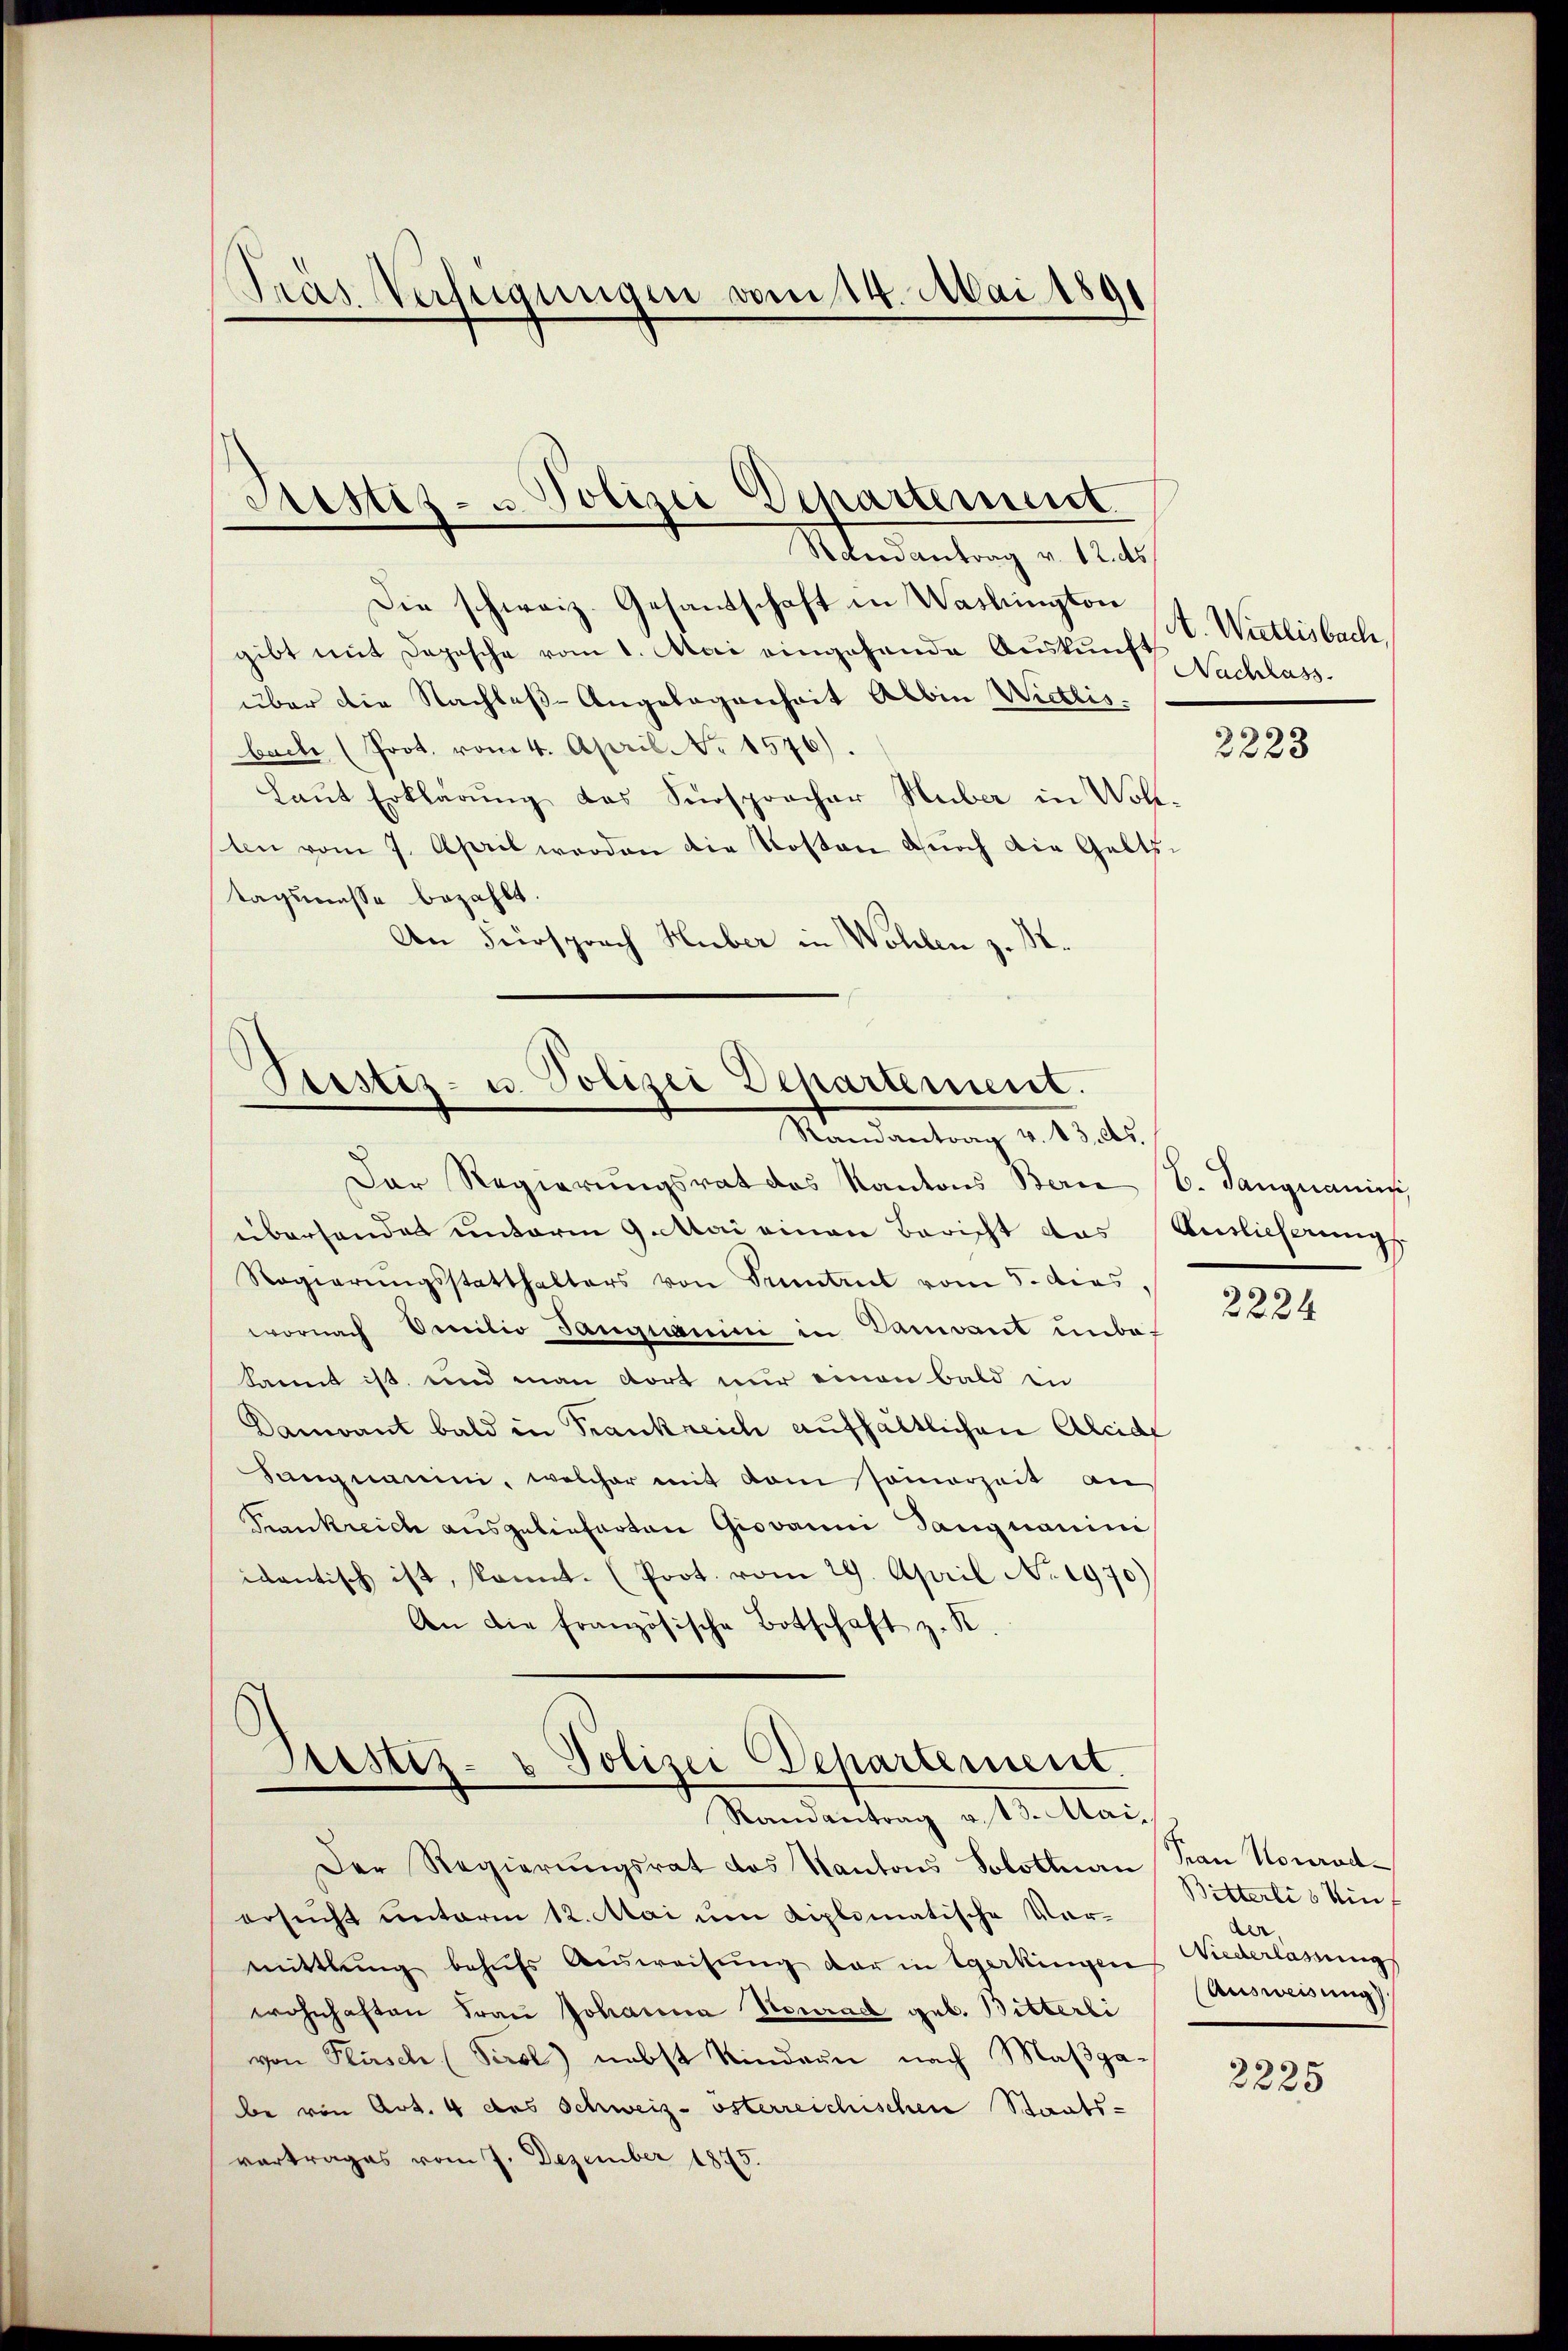
Die schweiz. Gesandschaft in Washington
gibt mit Depesche vom 1. Mai eingehende Auskunft Nachlass
über die Nachlaß-Angelegenheit Albin Wietlis.
backe (Prot. vom 4. April No 1576)
Laŭt Erklärung das Sürsprocher Huber in Wohl-
ten vom 7. April werden die Kosten durch die Gelts-
tagsmasse bezahlt.
An Fürsprach Huber in Wohlen z. R.

Tras Verfügungen vom 14. Mai 1891

Settes- u Polizei Departement.
Randantrag v. 12. ds

Der Regierungsrat des Kantons Bern (B. Langnauis
überhandes unterm 9. Mai einen Bericht das
Regierŭngsstatthalters von Tuntrut vom 5. dies,
wornach Omnilio Sanguini in Banant ŭnbe-
kannt ist, und man dort nur einen bald in
Dandant bald in Frankreich aufhältlichen Alcide
Sangnamini, welcher mit dem somerzeit an
Frankreich ausgelieferten Giovanni Sangnanimi
idantisch ist, kannt. (Prot. vom 29. April No 1970)
An die französische Botschaft z. R.

Testiz- u. Polizei Departement.
Randantrag v. 13. ds.

Justiz- & Polizei Departement
Randantrag v. 13. Mai.

Der Regierŭngsrat des Kantons Solotenan Frau Nourodersucht unterm 12. Mai um diplomatische Vor-
mittlung behŭfs Aŭsweisŭng der in Egerkingen
wohnhaften Frau Johanna Stonrad geb. Bitterli
von Flasch (Serol) nebst Rindaun nach Maßgabe von Art. 4 des Schweiz. österreichischen Staats-
vertrages vom 7. Dezember 1875.

A. Wietlisbach

2223

Aritlicherung

2224

Bitterlis inf
de
Niederlassung
Ausweisung

2225